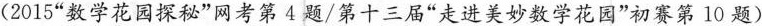
(2015”数学花园探秘”网考第4题/第十三届”走进美妙数学花园”初赛第10题)